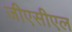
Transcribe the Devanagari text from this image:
जीएसीएल